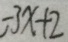
- 3 x + 2